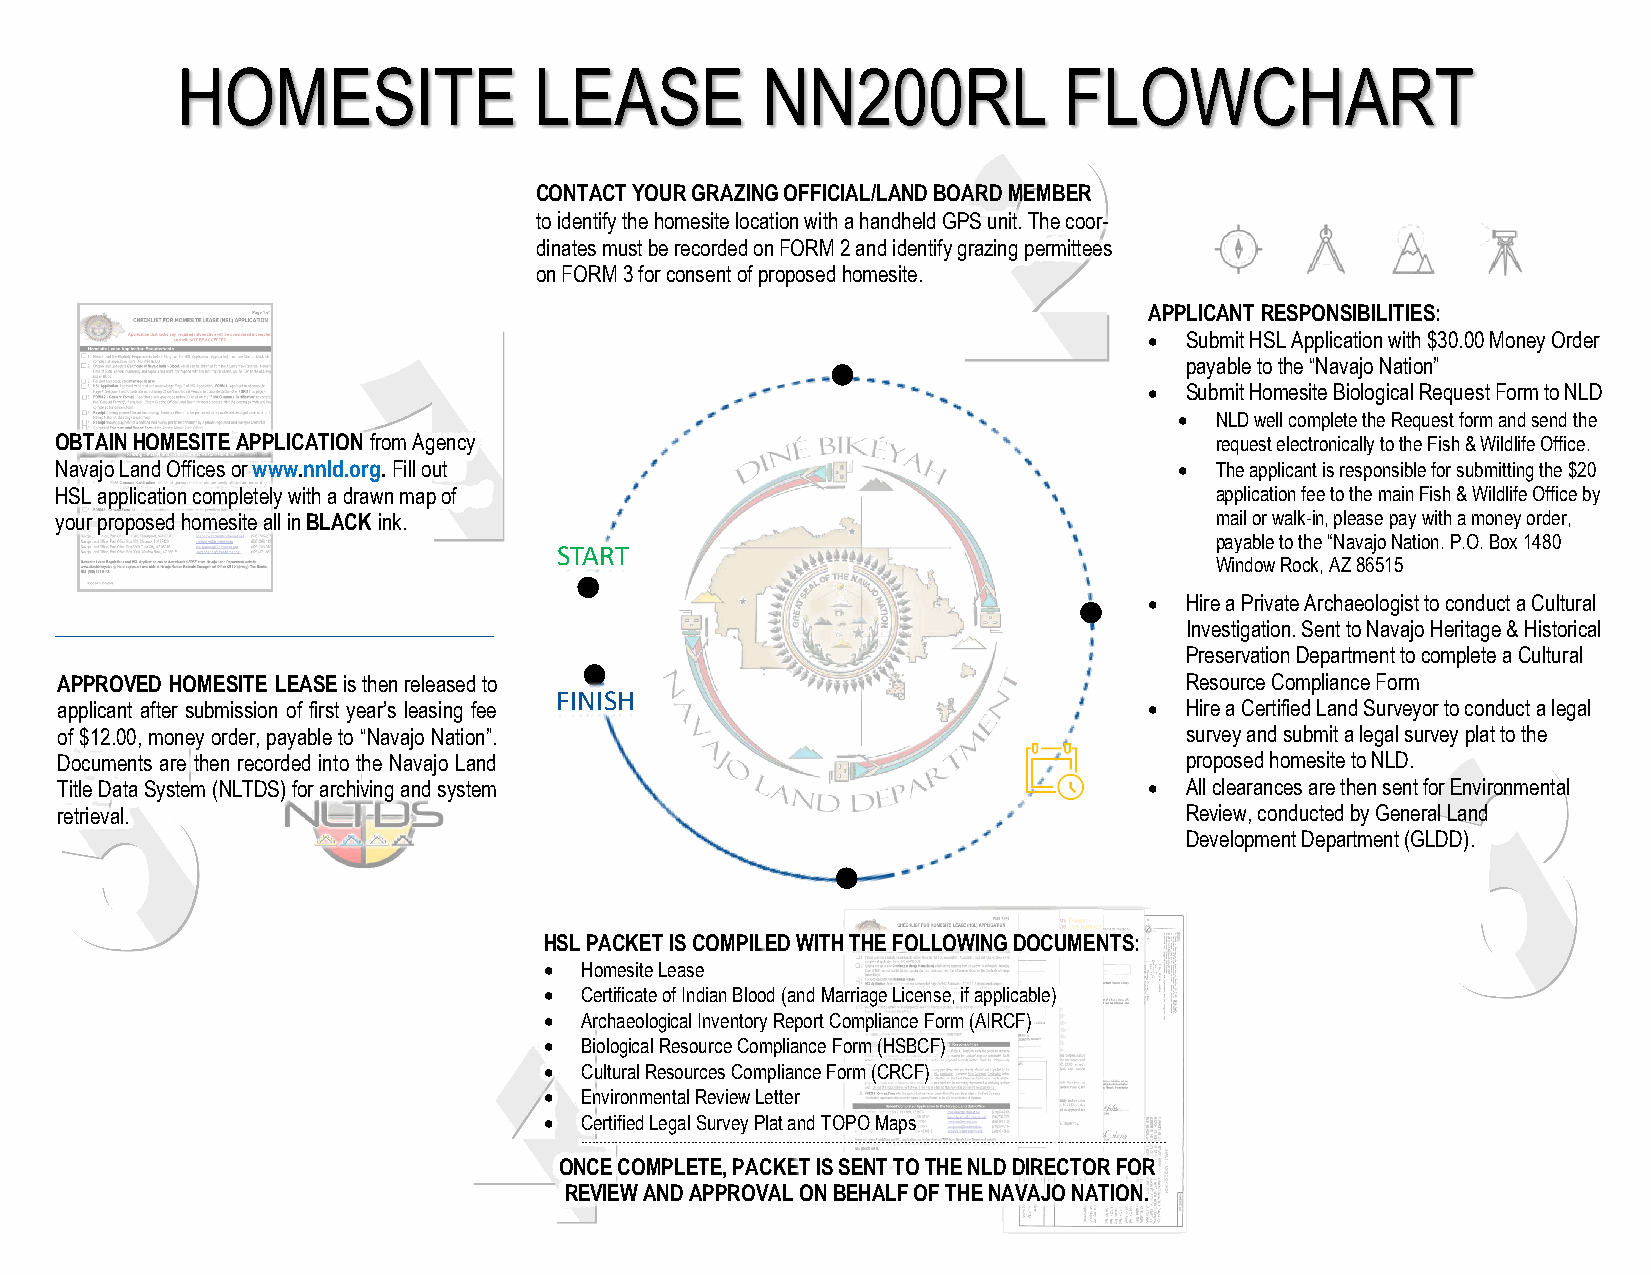
HOMESITE               LEASE          NN200RL             FLOWCHART
 CONTACT YOUR GRAZING OFFICIAL/LAND BOARD MEMBER
 to identify the homesite location with a handheld GPS unit. The coor-
 dinates must be recorded on FORM 2 and identify grazing permittees
 on FORM 3 for consent of proposed homesite.
 APPLICANT RESPONSIBILITIES:
 • Submit HSL Application with $30.00 Money Order
 payable to the “Navajo Nation”
 • Submit Homesite Biological Request Form to NLD
 • N LD well complete the Request form and send the
 OBTAIN HOMESITE APPLICATION from Agency                                     request electronically to the Fish & Wildlife Office.
 Navajo Land Offices or www.nnld.org. Fill out                             • The applicant is responsible for submitting the $20
 HSL application completely with a drawn map of                              application fee to the main Fish & Wildlife Office by
 your proposed homesite all in BLACK ink.                                    mail or walk-in, please pay with a money order,
 payable to the “Navajo Nation. P.O. Box 1480
 START
 Window Rock, AZ 86515
 • Hire a Private Archaeologist to conduct a Cultural
 Investigation. Sent to Navajo Heritage & Historical
 Preservation Department to complete a Cultural
 APPROVED HOMESITE LEASE is then released to                               Resource Compliance Form
 FINISH
 applicant after submission of first year’s leasing fee                  • Hire a Certified Land Surveyor to conduct a legal
 of $12.00, money order, payable to “Navajo Nation”.                       survey and submit a legal survey plat to the
 Documents are then recorded into the Navajo Land                          proposed homesite to NLD.
 Title Data System (NLTDS) for archiving and system                      • All clearances are then sent for Environmental
 retrieval.                                                                Review, conducted by General Land
 Development Department (GLDD).
 HSL PACKET IS COMPILED WITH THE FOLLOWING DOCUMENTS:
 • Homesite Lease
 • Certificate of Indian Blood (and Marriage License, if applicable)
 • Archaeological Inventory Report Compliance Form (AIRCF)
 • Biological Resource Compliance Form (HSBCF)
 • Cultural Resources Compliance Form (CRCF)
 • Environmental Review Letter
 • Certified Legal Survey Plat and TOPO Maps
 __________________________________________________________________________________________________________________________________________________________
 ONCE COMPLETE, PACKET IS SENT TO THE NLD DIRECTOR FOR
 REVIEW AND APPROVAL ON BEHALF OF THE NAVAJO NATION.